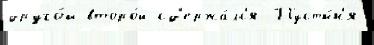
друго́й второ́й сд'ержа́лс'я Пусты́н'я